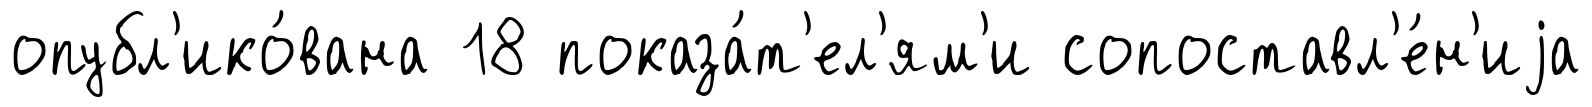
опубл'ико́вана 18 показа́т'ел'ям'и сопоставл'е́н'иjа